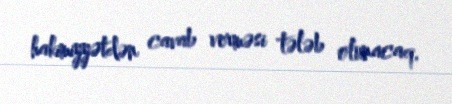
hakimiyyətdən cavab verməsi tələb olunacaq.